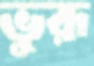
ভুরূ